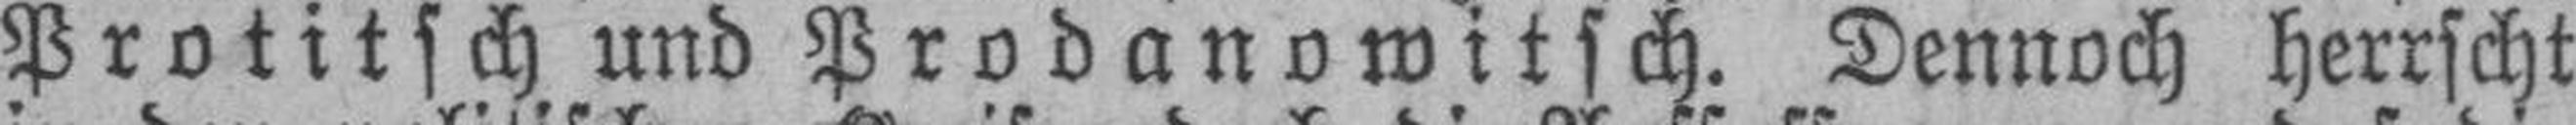
Protitsch und Prodanowitsch. Dennoch herrscht